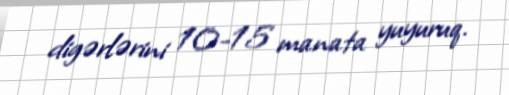
digərlərini 10-15 manata yuyuruq.